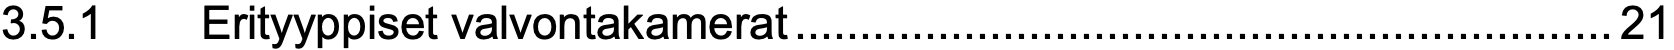
3.5.1  Erityyppiset valvontakamerat...............................................................21